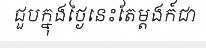
ជួបក្នុងថ្ងៃនេះតែម្តងក៍ជា